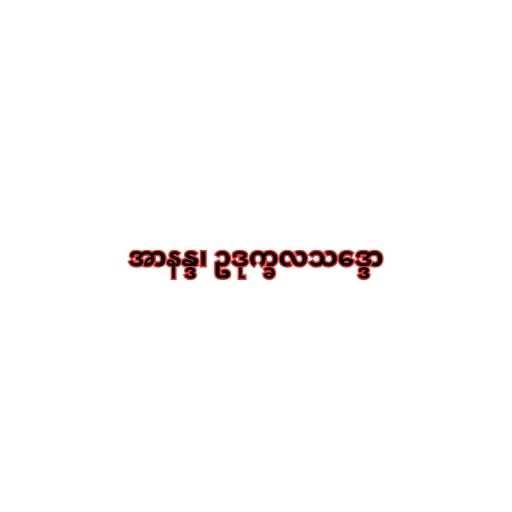
အာနန္ဒ၊ ဥဒုက္ခလသဒ္ဒော